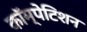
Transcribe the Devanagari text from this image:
कॉम्पेटिशन